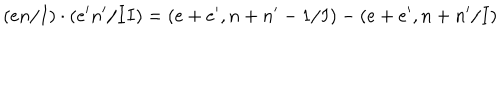
( e n / I ) \cdot ( e ^ { \prime } n ^ { \prime } / I I ) = ( e + e ^ { \prime } , n + n ^ { \prime } - 1 / I ) - ( e + e ^ { \prime } , n + n ^ { \prime } / I )